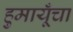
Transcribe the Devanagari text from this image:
हुमायूँचा